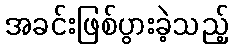
အခင်းဖြစ်ပွားခဲ့သည့်